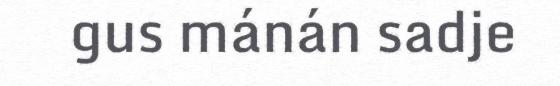
gus mánán sadje